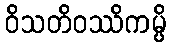
ဝိသတိဝဿိကမ္ပိ